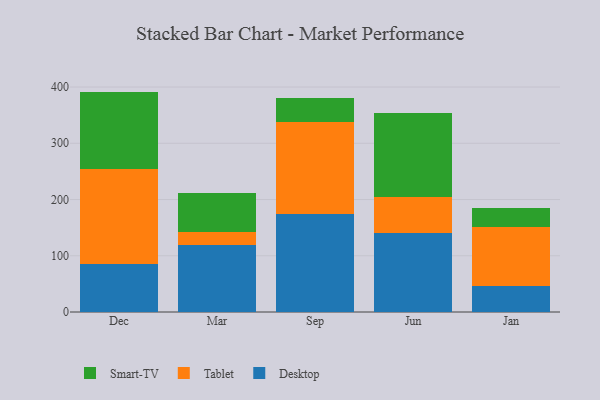
{"axis": {"x": "Month", "y": "Market Share (%)"}, "legend": ["Desktop", "Smart-TV", "Tablet"], "data": [{"x": "Dec", "y": 85.2, "type": "Desktop"}, {"x": "Dec", "y": 168.3, "type": "Tablet"}, {"x": "Dec", "y": 138.4, "type": "Smart-TV"}, {"x": "Mar", "y": 119.7, "type": "Desktop"}, {"x": "Mar", "y": 21.8, "type": "Tablet"}, {"x": "Mar", "y": 69.8, "type": "Smart-TV"}, {"x": "Sep", "y": 173.6, "type": "Desktop"}, {"x": "Sep", "y": 164.5, "type": "Tablet"}, {"x": "Sep", "y": 43.2, "type": "Smart-TV"}, {"x": "Jun", "y": 140.8, "type": "Desktop"}, {"x": "Jun", "y": 63.1, "type": "Tablet"}, {"x": "Jun", "y": 150.5, "type": "Smart-TV"}, {"x": "Jan", "y": 45.9, "type": "Desktop"}, {"x": "Jan", "y": 104.4, "type": "Tablet"}, {"x": "Jan", "y": 35.4, "type": "Smart-TV"}]}